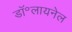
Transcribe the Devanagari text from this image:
डॉ॰लायनेल